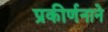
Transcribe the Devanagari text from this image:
प्रकीर्णनाने